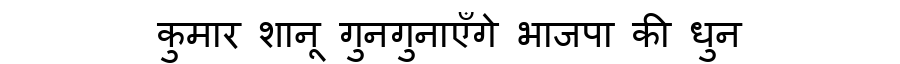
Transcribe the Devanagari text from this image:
कुमार शानू गुनगुनाएँगे भाजपा की धुन